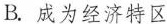
B.成为经济特区